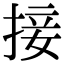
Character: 接